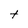
Character: t